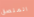
الملصق